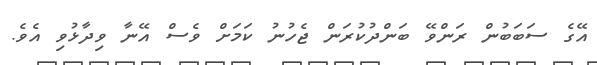
އޭގެ ސަބަބުން ރަންވޭ ބަންދުކުރަން ޖެހުނު ކަމަށް ވެސް އޭނާ ވިދާޅުވި އެވެ.